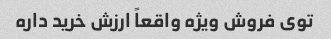
توی فروش ویژه واقعاً ارزش خرید داره